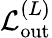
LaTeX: \mathcal{L}_{\mathrm{out}}^{(L)}